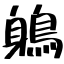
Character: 鵢